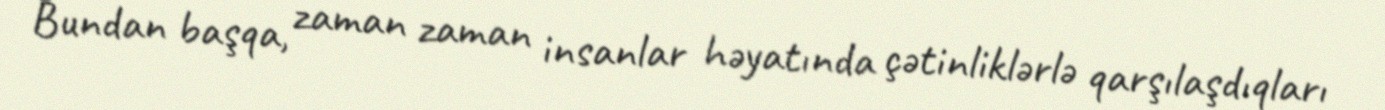
Bundan başqa, zaman zaman insanlar həyatında çətinliklərlə qarşılaşdıqları